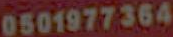
0501977364